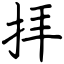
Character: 拝